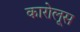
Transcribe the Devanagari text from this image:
कारोलूस